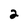
Character: 2